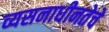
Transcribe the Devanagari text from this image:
व्यसनाधीनतेचे